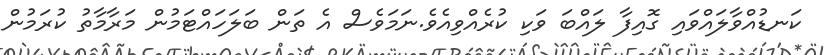
ކަނޑުއްވާލައްވައި ގޮއިފާ ލައްބަ ވަކި ކުރެއްވިއެވެ.ނަމަވެސް އެ ތަން ބަލަހައްޓަމުން މަރާމާތު ކުރަމުން